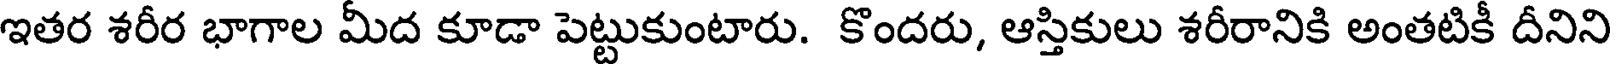
ఇతర శరీర భాగాల మీద కూడా పెట్టుకుంటారు. కొందరు, ఆస్తికులు శరీరానికి అంతటికీ దీనిని